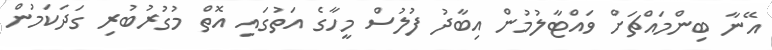
އޭނާ ބިންމައްޗަށް ވައްޓާލުމުން އިބާދު ފުލުސް މީހާގެ އަތުގައި އޮތް މުގުރުބުރި ގަދަކަމުން